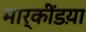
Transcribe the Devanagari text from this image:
मार्कींडय़ा